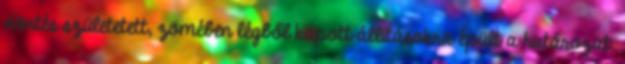
döntés születetett, zömében légből kapott állításokra épült a határozat.